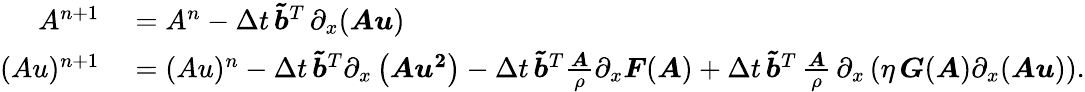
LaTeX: \begin{array}{rl}{A^{n+1}}&{{}=A^{n}-\Delta t\, \boldsymbol{\tilde{b}}^{T}\, \partial_{x}(\boldsymbol{Au})}\\ {(Au)^{n+1}}&{{}=(Au)^{n}-\Delta t\, \boldsymbol{\tilde{b}}^{T}\partial_{x}\left(\boldsymbol{Au^{2}}\right)-\Delta t\, \boldsymbol{\tilde{b}}^{T}\frac{\boldsymbol{A}}{\rho}\partial_{x}\boldsymbol{F}(\boldsymbol{A})+\Delta t\, \boldsymbol{\tilde{b}}^{T}\, \frac{\boldsymbol{A}}{\rho}\, \partial_{x}\left(\eta\, \boldsymbol{G}(\boldsymbol{A})\partial_{x}(\boldsymbol{Au})\right).}\end{array}